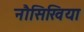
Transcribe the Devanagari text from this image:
नौसिखिया